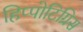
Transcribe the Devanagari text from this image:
हिप्पोटिग्रिस